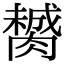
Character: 膥